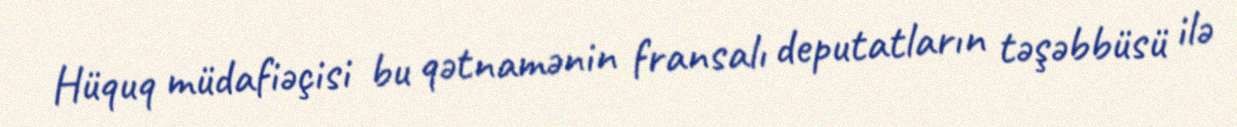
Hüquq müdafiəçisi bu qətnamənin fransalı deputatların təşəbbüsü ilə